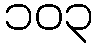
၁၀၃